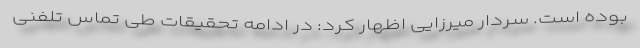
بوده است. سردار میرزایی اظهار کرد: در ادامه تحقیقات طی تماس تلفنی